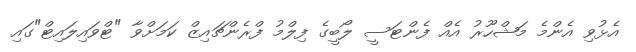
އެޅުވި އެންމެ މަޝްހޫރު އެއް ފެންޓަސީ ލޯބީގެ ފިލްމު ފްރެންޗައިޒް ކަމަށްވާ "ޓްވައިލައިޓް"ގައި